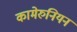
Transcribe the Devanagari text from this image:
कामेरुनियन